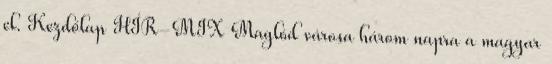
el. Kezdőlap HÍR-MIX Maglód városa három napra a magyar